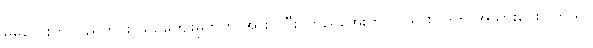
မမလေးက ပြည်တွင်း ယဉ်ကျေးမှုဘက် အားပြုပြီး ကြည်အေးက လူသားဝါဒကို အသားပေးပါတယ်။